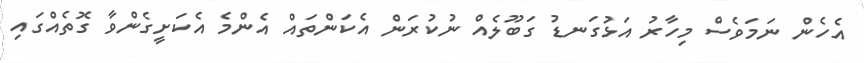
އެހެން ނަމަވެސް މިހާރު އަޅުގަނޑު ގަބޫލެއް ނުކުރަން އެކަންތައް އެންމެ އެކަށީގެންވާ ގޮތެއްގައި